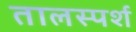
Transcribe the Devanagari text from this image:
तालस्पर्श